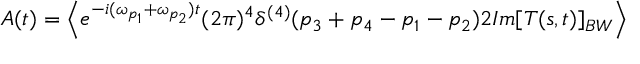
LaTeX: A ( t ) = \left\langle { e ^ { - i ( \omega _ { p _ { 1 } } + \omega _ { p _ { 2 } } ) t } ( 2 \pi ) ^ { 4 } \delta ^ { ( 4 ) } ( p _ { 3 } + p _ { 4 } - p _ { 1 } - p _ { 2 } ) 2 I m [ T ( s , t ) ] _ { B W } } \right\rangle